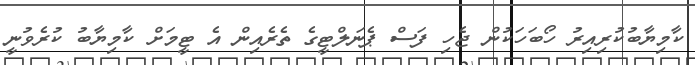
ކާމިޔާބުކުރިއިރު ހޯބަހަކުން ޖެހި ފަސް ޕެނަލްޓީގެ ތެރެއިން އެ ޓީމަށް ކާމިޔާބު ކުރެވުނީ